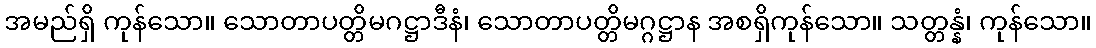
အမည်ရှိ ကုန်သော။ သောတာပတ္တိမဂဋ္ဌာဒီနံ၊ သောတာပတ္တိမဂ္ဂဋ္ဌာန အစရှိကုန်သော။ သတ္တန္နံ၊ ကုန်သော။